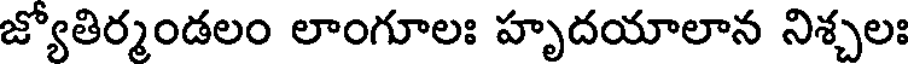
జ్యోతిర్మండలం లాంగూలః హృదయాలాన నిశ్చలః